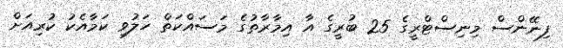
ފިނޭންސް މިނިސްޓްރީގެ 25 ބުރީގެ އާ އިމާރާތުގެ މަސައްކަތް ހަލުވި ކަމާއެކު ކުރިއަށް